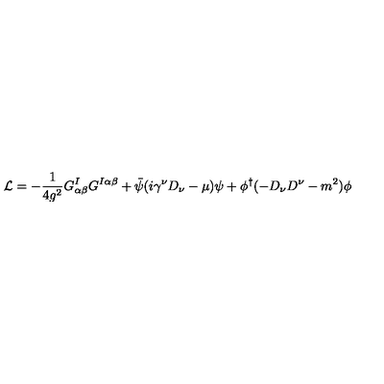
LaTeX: { \cal L } = - { \frac { 1 } { 4 g ^ { 2 } } } G _ { \alpha \beta } ^ { I } G ^ { I \alpha \beta } + \bar { \psi } ( i \gamma ^ { \nu } D _ { \nu } - \mu ) \psi + \phi ^ { \dagger } ( - D _ { \nu } D ^ { \nu } - m ^ { 2 } ) \phi